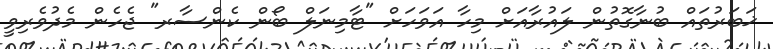
ޚަބަރުތައް ބުނާގޮތުން ލައުރާއަށް މިހާ އަވަހަށް "ޓާމިނަލް ބޯން ކެންސާރ" ޖެހެން މެދުވެރިވީ